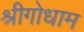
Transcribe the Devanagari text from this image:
श्रीगोधाम